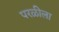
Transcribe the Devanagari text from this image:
परळीला